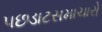
પછડાટસમાચારો